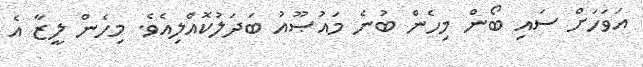
އަވަހަށް ސައި ބޯން މިހެން ބުނެ މައުޞޫއު ބަދަލުކޮއްލިއެވެ. މިހެން ލީޒާ އެ